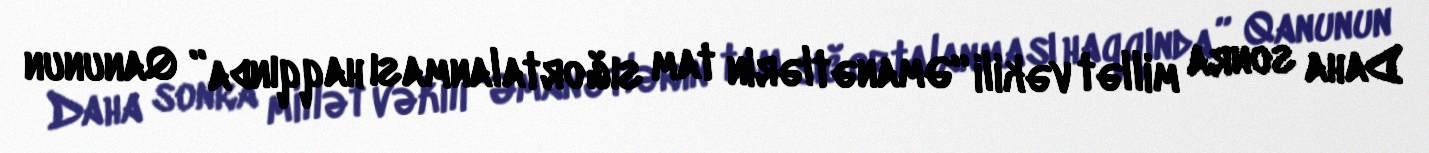
Daha sonra millət vəkili “Əmanətlərin tam sığortalanması haqqında” Qanunun